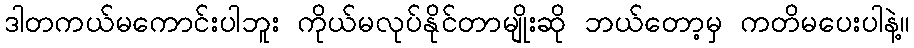
ဒါတကယ်မကောင်းပါဘူး ကိုယ်မလုပ်နိုင်တာမျိုးဆို ဘယ်တော့မှ ကတိမပေးပါနဲ့။